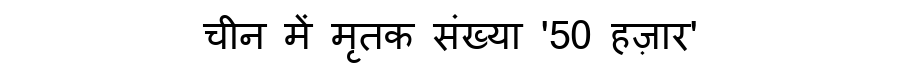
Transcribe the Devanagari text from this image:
चीन में मृतक संख्या '50 हज़ार'